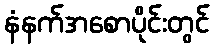
နံနက်အစောပိုင်းတွင်